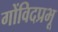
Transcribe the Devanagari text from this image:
गोंविदप्रभू